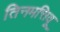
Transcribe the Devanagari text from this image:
तिनमत्तिवू